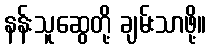
နန်းသူဆွေတို့ ချမ်းသာဖို့။